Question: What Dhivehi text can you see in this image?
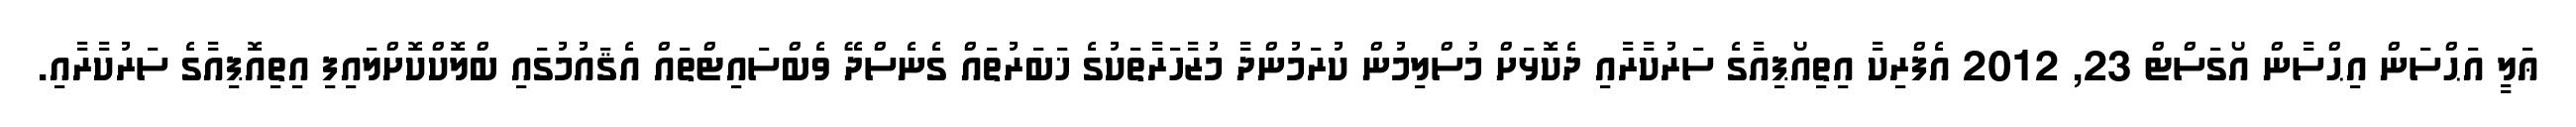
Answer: ޢަލީ އަޙްސަން އިޙްސާން އޯގަސްޓް 23, 2012 އެފްރިކާ އިތިއޯޕިއާގެ ސަރުކާރާއި ދެކޮޅަށް މުސްލިމުން ކުރަމުންދާ މުޒާހަރާތަކުގެ ޚަބަރުތައް ގެނެސްދޭ ވެބްސައިޓްތައް އެޤައުމުގައި ބްލޮކްކޮށްލައިފި އިތިއޮޕިއާގެ ސަރުކާރާއި.